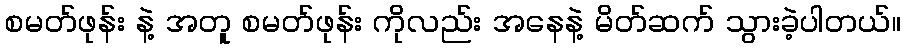
စမတ်ဖုန်း နဲ့ အတူ စမတ်ဖုန်း ကိုလည်း အနေနဲ့ မိတ်ဆက် သွားခဲ့ပါတယ်။